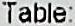
TABLE: